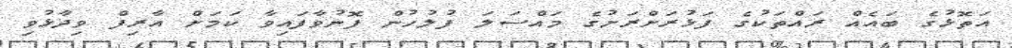
އަތޮޅުގެ ބައެއް ރައްތަކުގެ ފަޅުރަށްރަށުގެ މައްސަލަ ފުލުހުން ފޮނުވާފައިވާ ކަމަށް އާރިފް ވިދާޅުވި